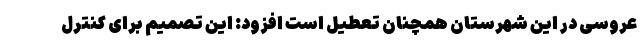
عروسی در این شهرستان همچنان تعطیل است افزود: این تصمیم برای کنترل